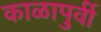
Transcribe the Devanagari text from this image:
काळापुर्वी